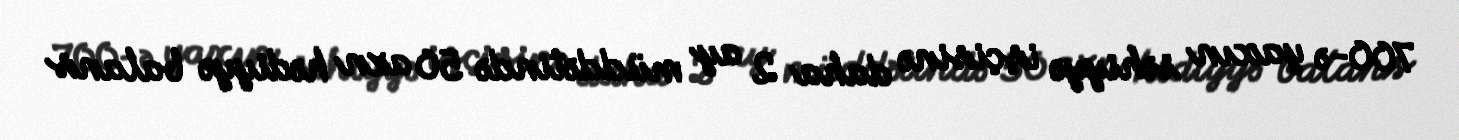
700-ə yaxın səhiyyə işçisinə daha 2 ay müddətində 50 azn hədiyyə balans